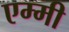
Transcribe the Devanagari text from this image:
एम्‍मी